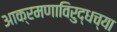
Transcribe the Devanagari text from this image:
आक्रमणाविरुद्धच्या